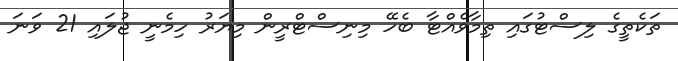
ތަކެތީގެ ލިސްޓުގައި ތިމާވެއްޓާ ބެހޭ މިނިސްޓްރީން މިޔަރު ހިމެނީ ޖުލައި 21 ވަނަ